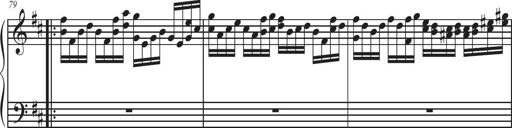
Title: Sonatina Espania
Composer: Jerald Franklin Archer
Key: Various